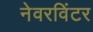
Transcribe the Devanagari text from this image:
नेवरविंटर